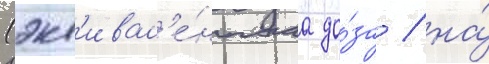
(экв'ивал'е́нтнаа до́за / на́